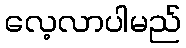
လေ့လာပါမည်